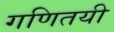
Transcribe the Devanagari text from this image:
गणितयी